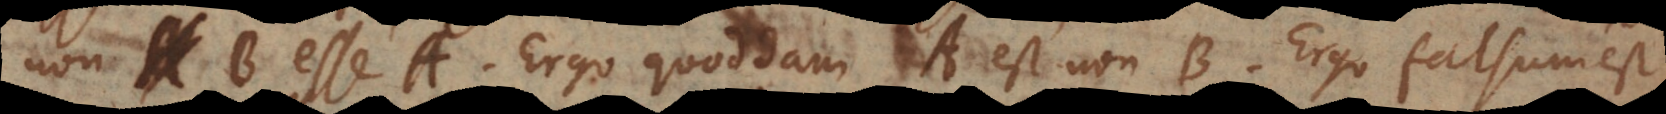
non‐B esse A. Ergo quoddam A est non‐B. Ergo falsum est